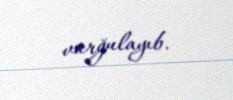
vurğulayıb.